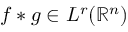
f \ast g \in L ^ { r } ( \mathbb { R } ^ { n } )